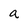
Character: a